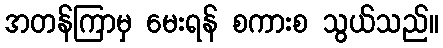
အတန်ကြာမှ မေးရန် စကားစ သွယ်သည်။